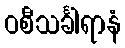
ဝစီသင်္ခါရာနံ